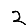
Digit: 2